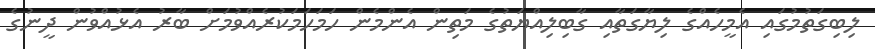
ލިބިގަތުމުގައި އެމީހެއްގެ ލިޔާގަތާއި ގާބިލިއްޔަތުގެ މަތިން އެންމެން ހަމަހަމަކުރެއްވުމަށް ބާރު އެޅުއްވުން ދީނުގެ